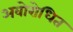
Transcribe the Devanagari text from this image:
अवोरोधित